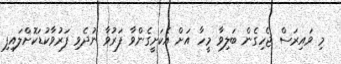
މި ވައިރަސް ޖެހިގެން ބަލިވާ މީހާ އަށް އެކަށީގެންވާ ފަރުވާ ނުދެވި ފަރުވާކުޑަކޮށްލައިފި